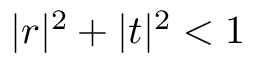
| r | ^ { 2 } + | t | ^ { 2 } < 1